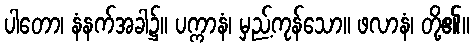
ပါတော၊ နံနက်အခါ၌။ ပက္ကာနံ၊ မှည့်ကုန်သော။ ဖလာနံ၊ တို့၏။